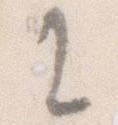
に